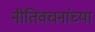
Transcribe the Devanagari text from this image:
नीतिवचनांच्या